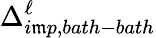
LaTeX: \Delta_{i\mathfrak{m}p,bath-bath}^{\ell}